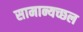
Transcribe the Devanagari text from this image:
सामान्यच्छल